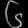
Digit: ၆